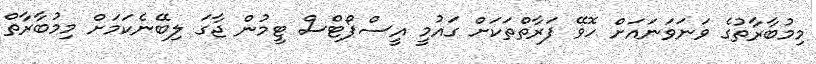
މިމުބާރާތުގެ ވަނަވަނައަށް ހޮވޭ ފަރާތްތަކަށް ގައުމީ އީސްޕޯޓްސް ޓީމުން ޖާގަ ލިބޭނެކަމަށް މިމުބާރާތް